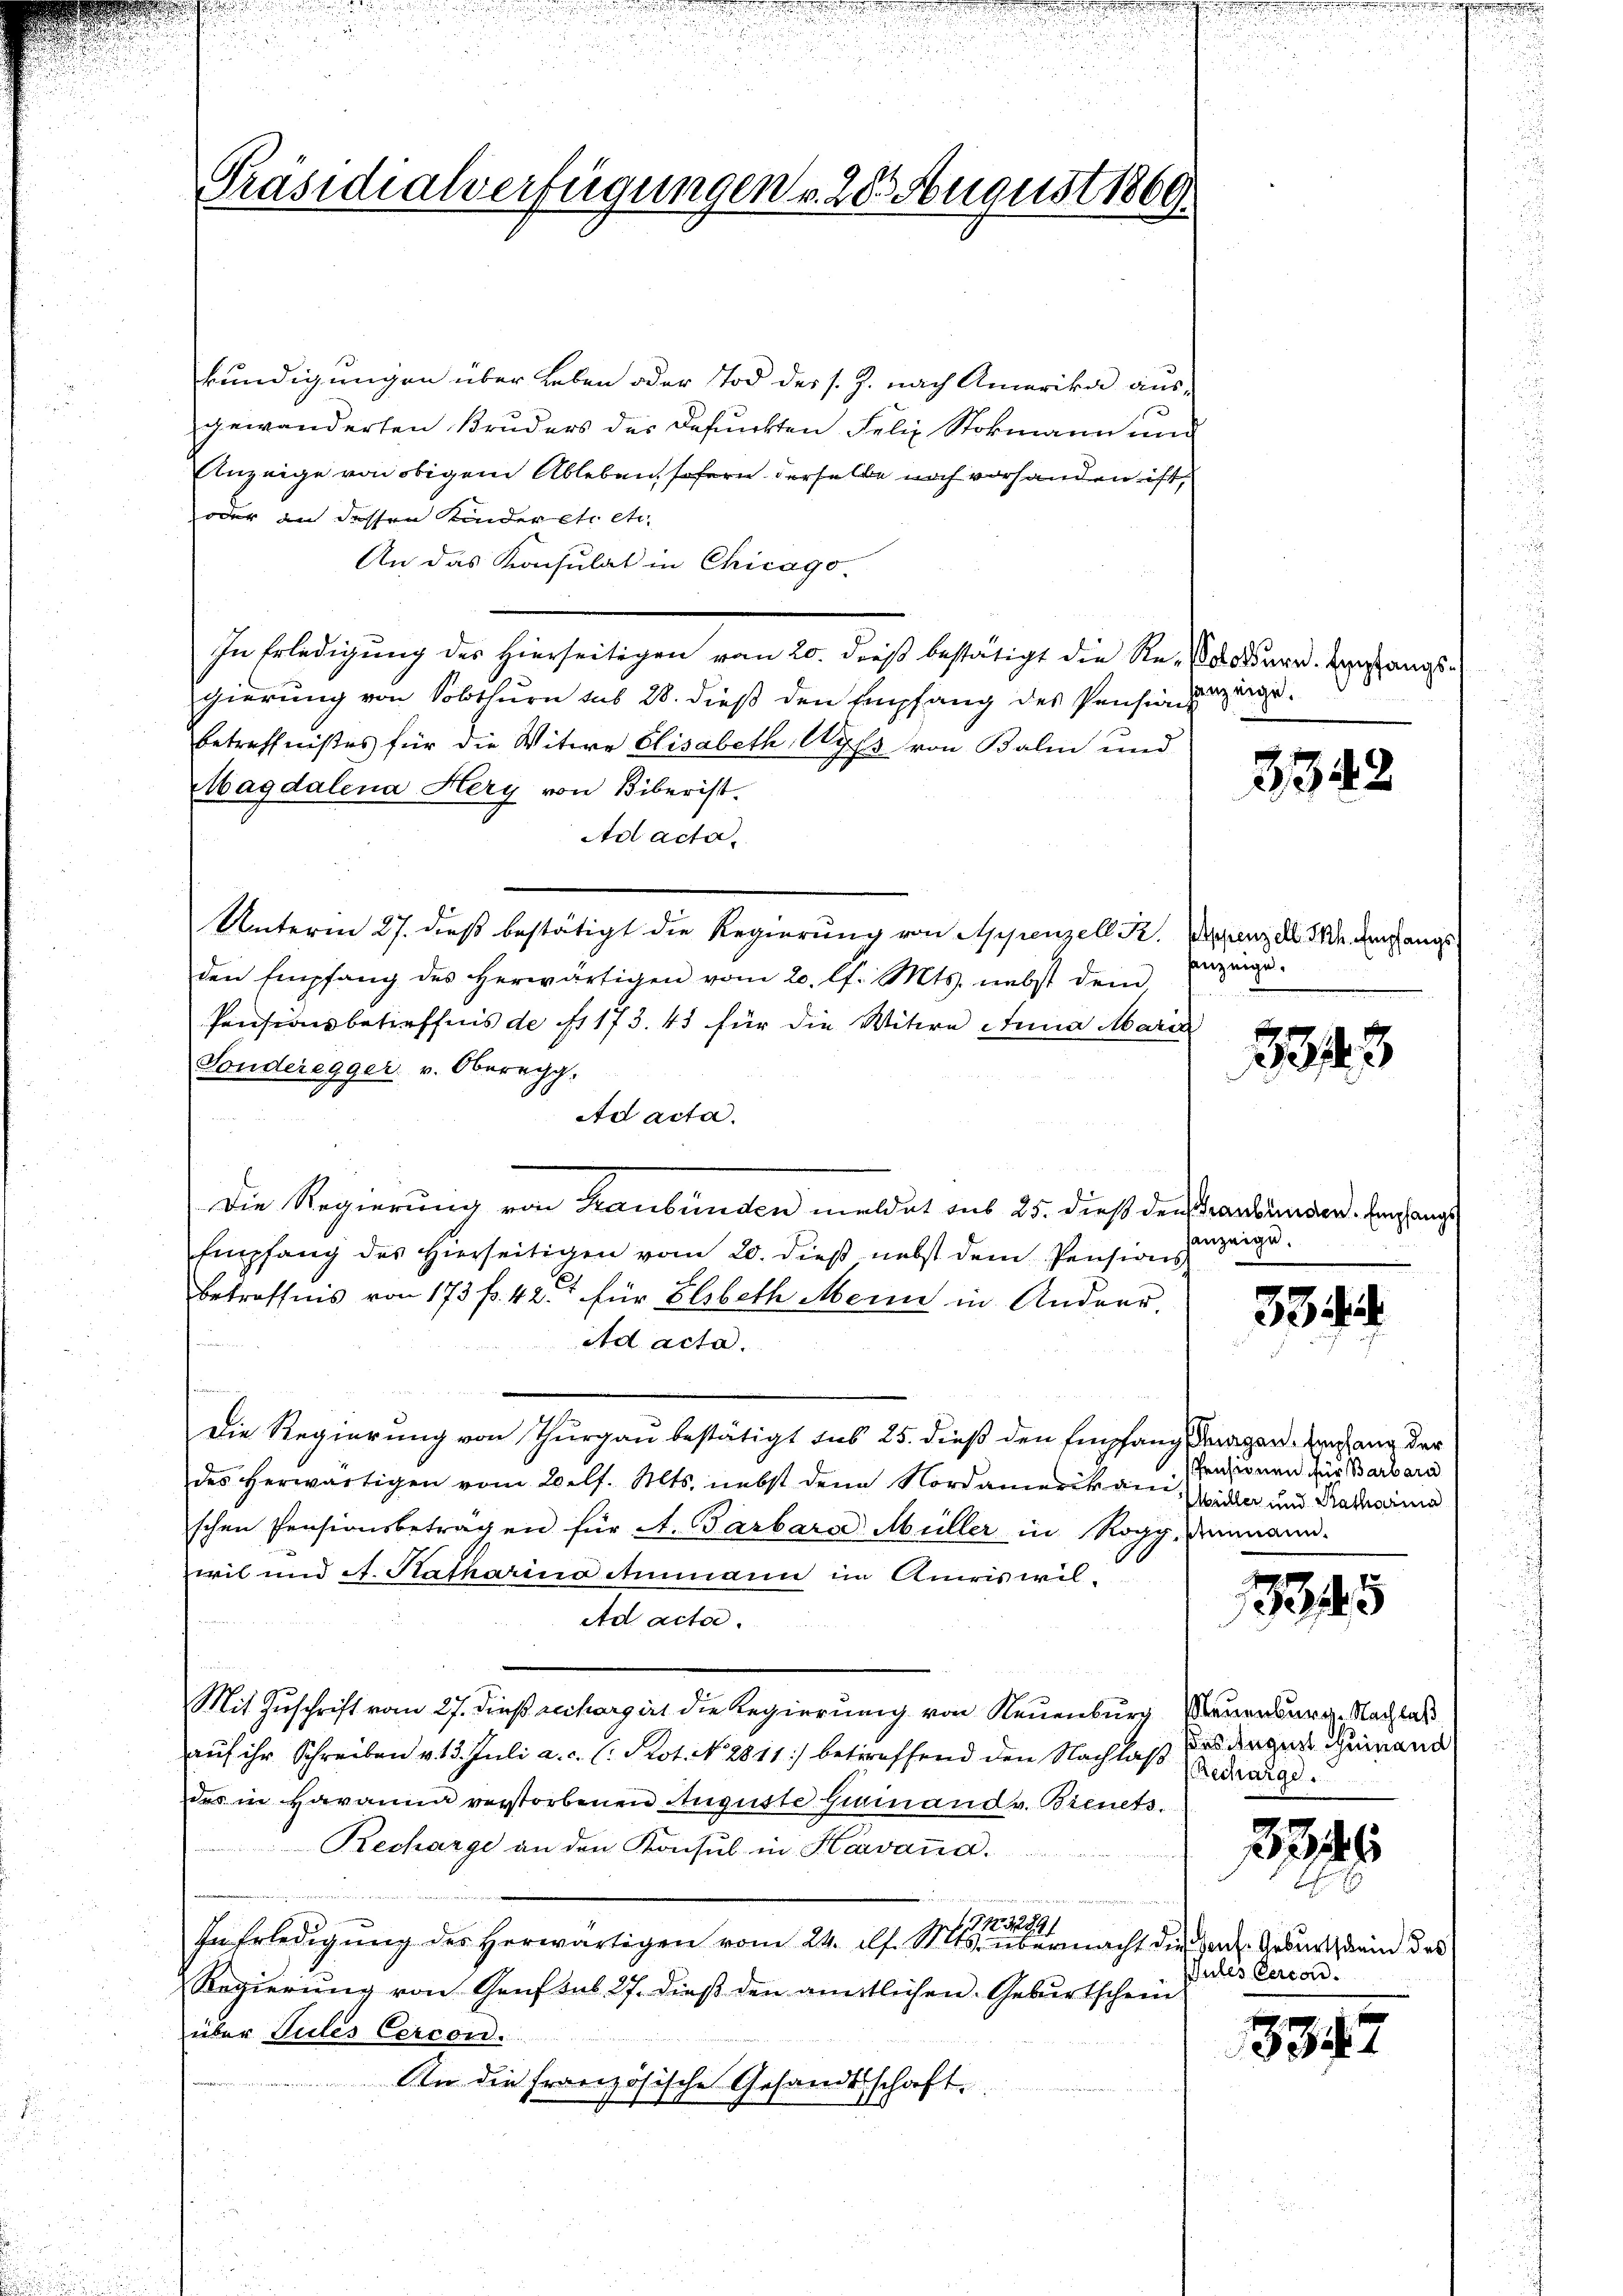
Präsidialverfügungen v. 28 August 1869
t

kundigungen über Leben oder Tod des s. J. nach Amerika aus-
gewänderten Bruders der Befunkten Felix Stokmann und
Anzeige von obigem Ableben, sofern derselbe noch vorhanden ist,
oder an dessen Kinder etc etc.
An das Konsulat in Chicago
In Erledigung des hierseitigen von 20. dieß bestätigt die Re- odern. Umfangsgierung von Solothurn sub 28. dieß den Empfang des Pensinnunge
betreffnißes für die Witwe Elisabeth, Wyss von Balin und
Magdalena Hery von Biberist.
Ad acta
Unterm 27. dieß bestätigt die Regierung von Appenzell K. Derenzel in denfangsden Empfang des herwärtigen vom 20. lf. Mts. nebst dem
Pensionsbetreffnis de f. 173. 45 für die Witwe Anna Maria
Fonderegger v. Oberegg.
Ad acta.
Die Regierung von Kaubünden meldet aus 25. dieß der Verbunden. Eingange
Empfang des hierseitigen vom 20. dieβ nebst dem Pensions-
betreffnis von 173 f. 42. für Elsbeth Mein in Andrer,
 vereiner einen
Ad acta.
Die Regierung von Thurgau bestätigt aus 25. dieß den Empfang dargen. Eingang der
des herwärtigen vom Belf. Mts. nebst den Nordamerikani-
schen Pensionsbeträgen für A. Garbara Müller in Rogg, denmann.
wil und A. Katharina Ammann im Amriswil¬
Ad acta.
Mit Zuschrift vom 27. dieß rechargirt die Regierung von Neuenburg, Neuenburg. Nachlaß
auf ihr Schreiben v. 13. Juli a. c. l. Prot. N. 2811) betreffend den Nachlaß das dingen Gemand
des in Havanna verstorbenen Auguste Gieinand v. Bienets.
Rechange an den Konsul in Havand.
3289/
In Erledigŭng des herwärtigen vom 24. d. Mts. übermacht die Hans Geburt dein das
Regierung von Genf sub 27. dieß den amtlichen Geburtschein
über Pulés Cercord.
An die französische Gesandtschaft

3342

sanzeige.

233

sanzeige.

334

Pensionen für Barbara
Müller und Ratharina

35

Recharge.

234

Intes Cercod.

18342